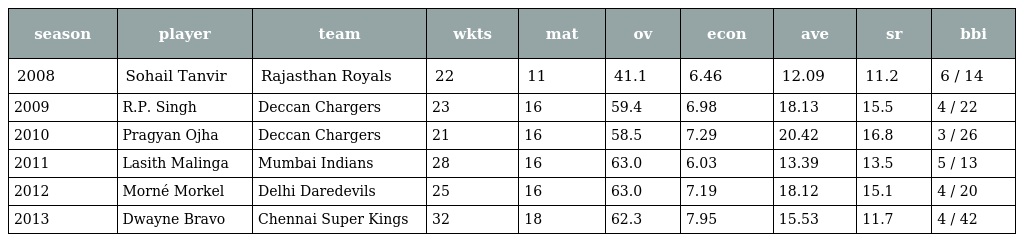
| season | player | team | wkts | mat | ov | econ | ave | sr | bbi |
 | --- | --- | --- | --- | --- | --- | --- | --- | --- | --- |
 | 2008 | Sohail Tanvir | Rajasthan Royals | 22 | 11 | 41.1 | 6.46 | 12.09 | 11.2 | 6 / 14 |
 | 2009 | R.P. Singh | Deccan Chargers | 23 | 16 | 59.4 | 6.98 | 18.13 | 15.5 | 4 / 22 |
 | 2010 | Pragyan Ojha | Deccan Chargers | 21 | 16 | 58.5 | 7.29 | 20.42 | 16.8 | 3 / 26 |
 | 2011 | Lasith Malinga | Mumbai Indians | 28 | 16 | 63.0 | 6.03 | 13.39 | 13.5 | 5 / 13 |
 | 2012 | Morné Morkel | Delhi Daredevils | 25 | 16 | 63.0 | 7.19 | 18.12 | 15.1 | 4 / 20 |
 | 2013 | Dwayne Bravo | Chennai Super Kings | 32 | 18 | 62.3 | 7.95 | 15.53 | 11.7 | 4 / 42 |